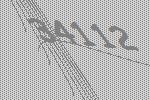
34112